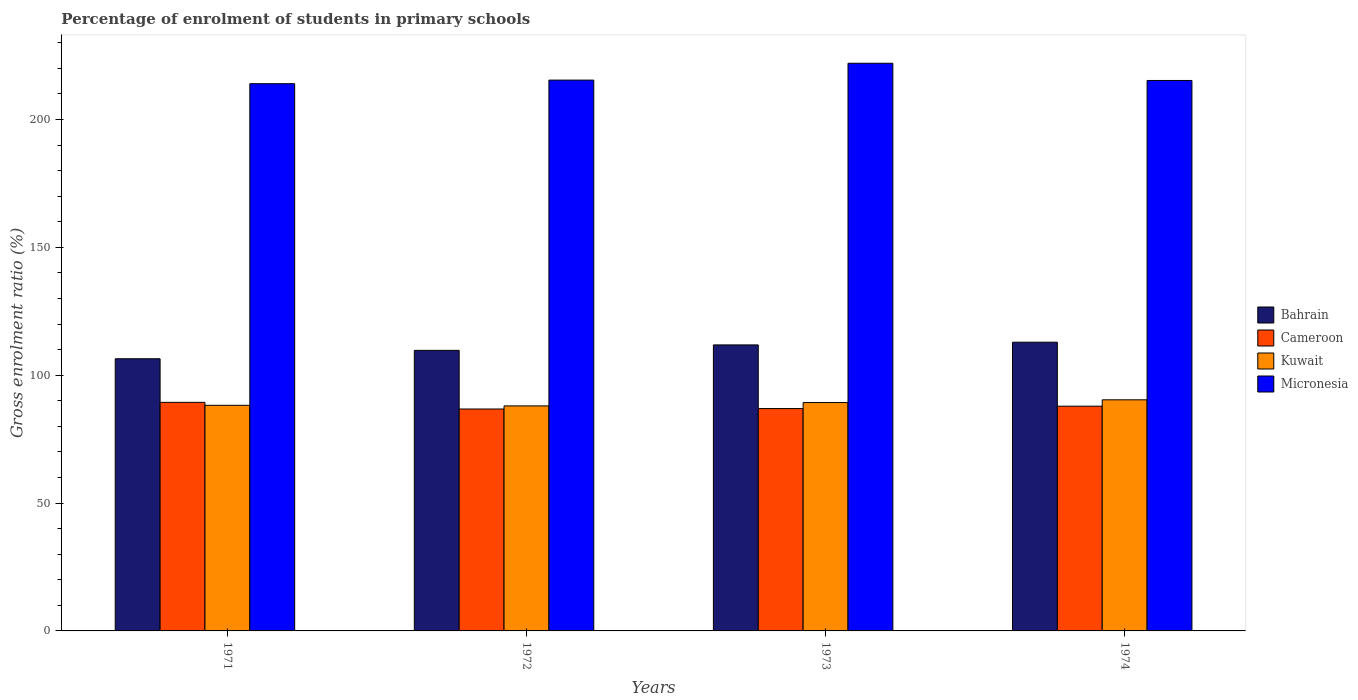
| Years | Bahrain | Cameroon | Kuwait | Micronesia |
 | --- | --- | --- | --- | --- |
 | 1971 | 106 | 89.4 | 88.2 | 214 |
 | 1972 | 110 | 86.8 | 88 | 215 |
 | 1973 | 112 | 87 | 89.3 | 222 |
 | 1974 | 113 | 87.9 | 90.4 | 215 |